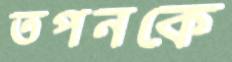
তপনকে